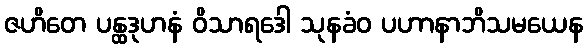
ဇဟိတေ ပန္ထဒုဟနံ ဝိသာရဒေါ သုနခံဝ ပဟာနာဘိသမယေန